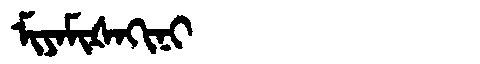
Manchu: ᠮᡳᠶᠠᠮᡳᡧᠠᡴᡳᠨᡳ
Romanization: MIYAMIŠAKINI